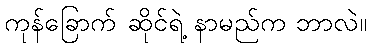
ကုန်ခြောက် ဆိုင်ရဲ့ နာမည်က ဘာလဲ။